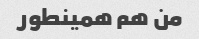
من هم همینطور